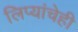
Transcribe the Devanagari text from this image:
लिप्यांचेही